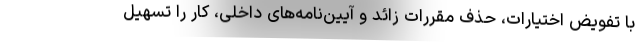
با تفویض اختیارات، حذف مقررات زائد و آیین‌نامه‌های داخلی، کار را تسهیل